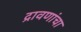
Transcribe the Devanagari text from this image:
द्रावणांचा